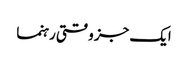
ایک جز وقتی رہنما